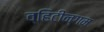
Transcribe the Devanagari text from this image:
व्हिटीन्गम